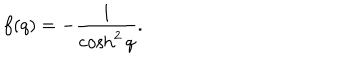
LaTeX: f ( q ) = - \frac { 1 } { \cosh ^ { 2 } q } .